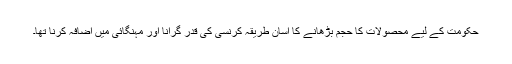
حکومت کے لیے محصولات کا حجم بڑھانے کا آسان طریقہ کرنسی کی قدر گرانا اور مہنگائی میں اضافہ کرنا تھا۔